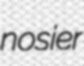
nosier